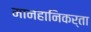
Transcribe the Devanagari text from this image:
मानहानिकर्ता